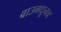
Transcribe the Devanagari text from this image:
वाउमधूनच